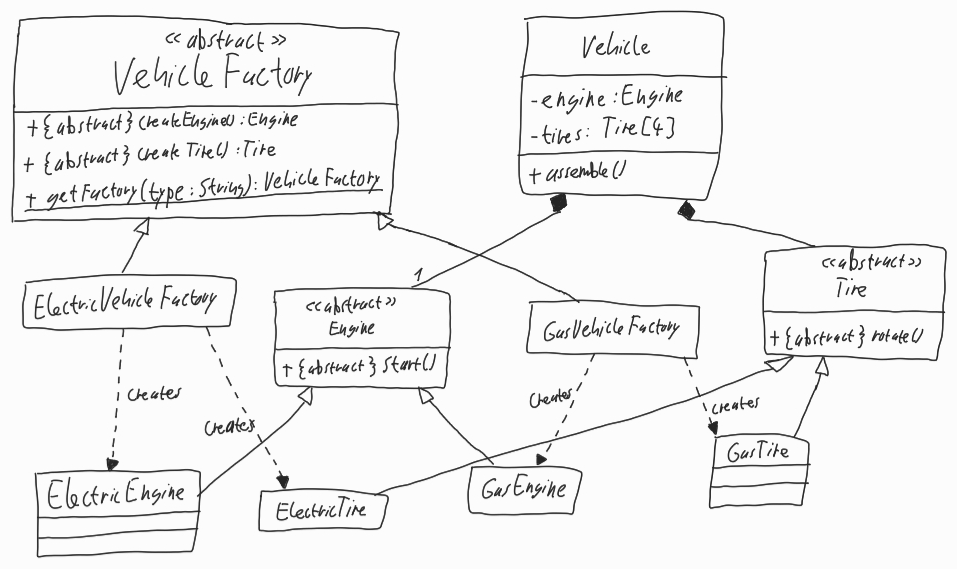
Diagram type: class_diagram
```plantuml
@startuml

abstract VehicleFactory {
  + {abstract} createEngine() : Engine
  + {abstract} createTire(): Tire
  + getFactory(type: String): VehicleFactory
}

class Vehicle {
  - engine: Engine
  - tires: Tire[4]
  + assemble()
}

class ElectricVehicleFactory extends VehicleFactory

abstract Engine {
  + {abstract} start()
}

class GasVehicleFactory extends VehicleFactory

abstract Tire {
  + {abstract} rotate()
}

class ElectricEngine extends Engine

class ElectricTire extends Tire

class GasEngine extends Engine

class GasTire extends Tire

Vehicle *-- "1" Engine

Vehicle *-- Tire

ElectricVehicleFactory ..> ElectricEngine : creates
ElectricVehicleFactory ..> ElectricTire: creates

GasVehicleFactory ..> GasEngine : creates
GasVehicleFactory ..> GasTire : creates

@enduml
```